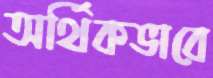
অর্থিকভাবে